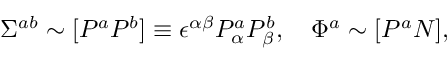
\Sigma ^ { a b } \sim [ P ^ { a } P ^ { b } ] \equiv \epsilon ^ { \alpha \beta } P _ { \alpha } ^ { a } P _ { \beta } ^ { b } , \quad \Phi ^ { a } \sim [ P ^ { a } N ] ,